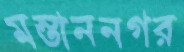
মস্তাননগর